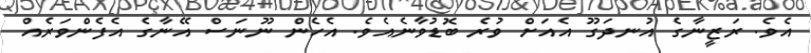
އެވެ. ރަޒީނާގެ އުނދަގޫ އެއަށް ވުރެ ބޮޑުވާނެއެވެ. އެހެން ނޫނަސް އޭނާގެ އެފެންވަރެއް